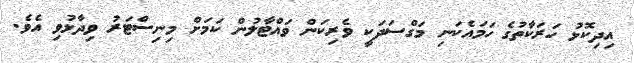
އިދިކޮޅު ހަރަކާތުގެ ހަމައެކަނި މަގްސަދަކީ ވެރިކަން ވައްޓާލުން ކަމަށް މިނިސްްޓަރު ވިދާޅުވި އެވެ.